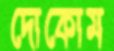
দোকোম